Annual report on the Civil Veterinary Department, Burma (including the Insein Veterinary School) - 1910-1922
Year: 1910
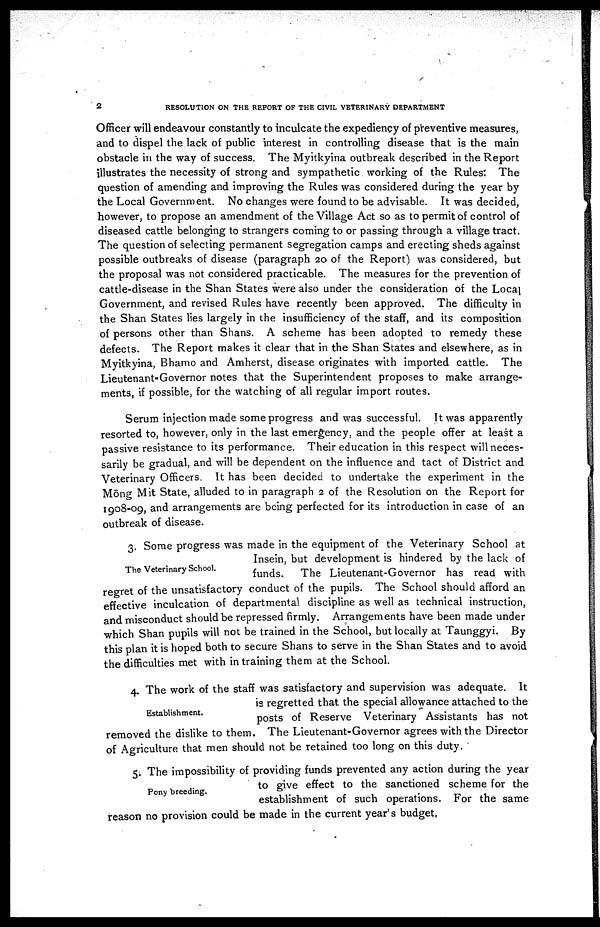
2
RESOLUTION ON THE REPORT OF THE CIVIL VETERINARY DEPARTMENT
Officer will endeavour constantly to inculcate the expediency of preventive measures,
and to dispel the lack of public interest in controlling disease that is the main
obstacle in the way of success. The Myitkyina outbreak described in the Report
illustrates the necessity of strong and sympathetic working of the Rules: The
question of amending and improving the Rules was considered during the year by
the Local Government. No changes were found to be advisable. It was decided,
however, to propose an amendment of the Village Act so as to permit of control of
diseased cattle belonging to strangers coming to or passing through a village tract.
The question of selecting permanent segregation camps and erecting sheds against
possible outbreaks of disease (paragraph 20 of the Report) was considered, but
the proposal was not considered practicable. The measures for the prevention of
cattle-disease in the Shan States were also under the consideration of the Local
Government, and revised Rules have recently been approved. The difficulty in
the Shan States lies largely in the insufficiency of the staff, and its composition
of persons other than Shans. A scheme has been adopted to remedy these
defects. The Report makes it clear that in the Shan States and elsewhere, as in
Myitkyina, Bhamo and Amherst, disease originates with imported cattle. The
Lieutenant-Governor notes that the Superintendent proposes to make arrange-
ments, if possible, for the watching of all regular import routes.
Serum injection made some progress and was successful. It was apparently
resorted to, however, only in the last emergency, and the people offer at least a
passive resistance to its performance. Their education in this respect will neces-
sarily be gradual, and will be dependent on the influence and tact of District and
Veterinary Officers. It has been decided to undertake the experiment in the
Möng Mit State, alluded to in paragraph 2 of the Resolution on the Report for
1908-09, and arrangements are being perfected for its introduction in case of an
outbreak of disease.
The Veterinary School.
3. Some progress was made in the equipment of the Veterinary School at
Insein, but development is hindered by the lack of
funds.
The Lieutenant-Governor has read with
regret of the unsatisfactory conduct of the pupils. The School should afford an
effective inculcation of departmental discipline as well as technical instruction,
and misconduct should be repressed firmly. Arrangements have been made under
which Shan pupils will not be trained in the School, but locally at Taunggyi. By
this plan it is hoped both to secure Shans to serve in the Shan States and to avoid
the difficulties met with in training them at the School.
Establishment.
4. The work of the staff was satisfactory and supervision was adequate. It
is regretted that the special allowance attached to the
posts of Reserve Veterinary Assistants has not
removed the dislike to them. The Lieutenant-Governor agrees with the Director
of Agriculture that men should not be retained too long on this duty.
Pony breeding.
5. The impossibility of providing funds prevented any action during the year
to give effect to the sanctioned scheme for the
establishment of such operations. For the same
reason no provision could be made in the current year's budget.